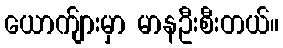
ယောက်ျားမှာ မာနဦးစီးတယ်။